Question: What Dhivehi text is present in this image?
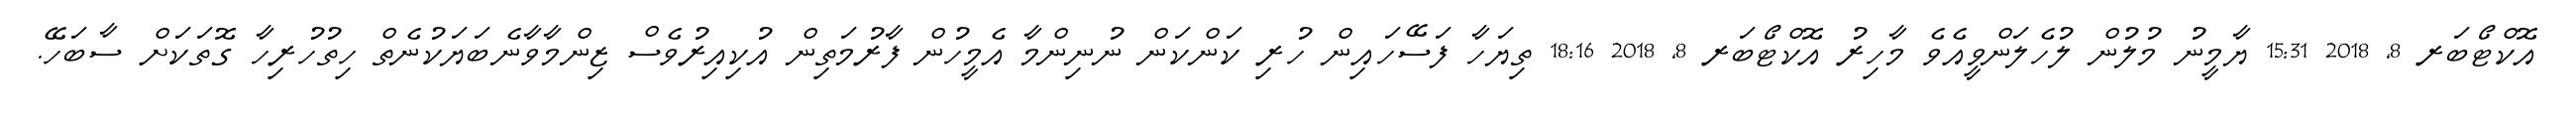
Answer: އޮކްޓޯބަރ 8, 2018 15:31 ޔާމީނު މުލުން ލުހެލަންވީއެވެ މާހިރު އޮކްޓޯބަރ 8, 2018 18:16 ތިޔަހާ ފަސޭހައިން ހުރި ކަންކަން ނުނިންމާ އެމީހުން ފާރުމަތިން އުކިއިރުވެސް ޒިންމާވާނެބަޔަކުނެތް ހިތުހުރިހާ ގޮތަކަށް ސާބަހޭ.